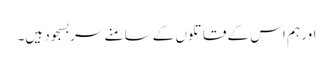
اور ہم اس کے قاتلوں کے سامنے سربسجود ہیں۔